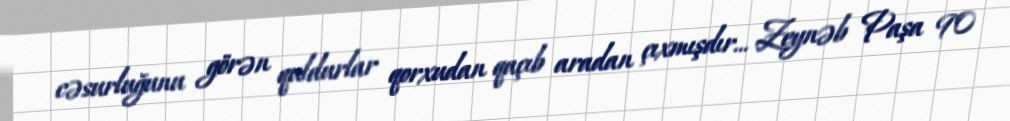
cəsurluğunu görən quldurlar qorxudan qaçıb aradan çıxmışdır... Zeynəb Paşa 90